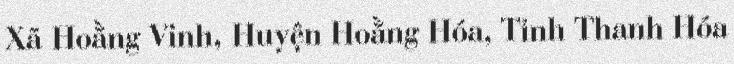
Xã Hoằng Vinh, Huyện Hoằng Hóa, Tỉnh Thanh Hóa